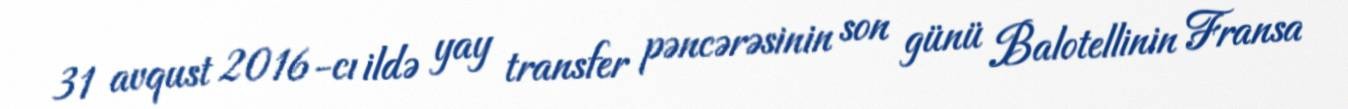
31 avqust 2016-cı ildə yay transfer pəncərəsinin son günü Balotellinin Fransa